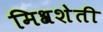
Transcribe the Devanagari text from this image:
मिश्रशेती